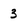
Character: 3